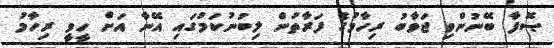
ޞޮފާ ބޭނުންވި ޖަވާބު ރިހާމުގެ ފަރާތުން ލިބުނުކަމުގައި އޭނާ އަށް ހީވީ ރިހާމު